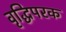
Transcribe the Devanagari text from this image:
वृद्धिपरक